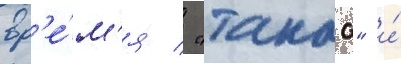
вр'е́м'я / "такао" и́